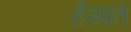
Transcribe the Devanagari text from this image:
हँसाते